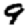
Digit: 9